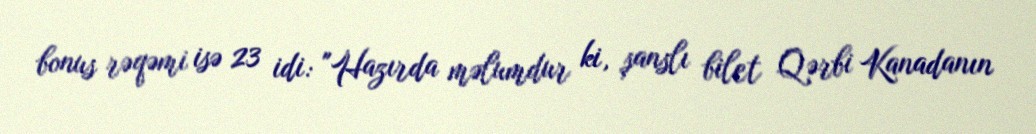
bonus rəqəmi isə 23 idi: "Hazırda məlumdur ki, şanslı bilet Qərbi Kanadanın